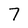
Character: 7